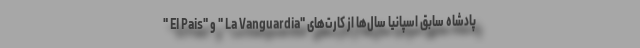
" El Pais" و " La Vanguardia" پادشاه سابق اسپانیا سال‌ها از کارت‌های